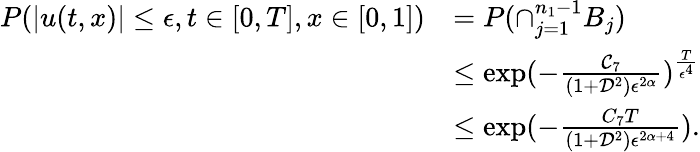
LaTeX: \begin{array}{rl}{P(|u(t,x)|\leq\epsilon,t\in[0,T],x\in[0,1])}&{=P(\cap_{j=1}^{n_{1}-1}B_{j})}\\ &{\leq\exp(-\frac{\mathcal{C}_{7}}{(1+\mathcal{D}^{2})\epsilon^{2\alpha}})^{\frac{T}{\epsilon^{4}}}}\\ &{\leq\exp(-\frac{C_{7}T}{(1+\mathcal{D}^{2})\epsilon^{2\alpha+4}}).}\end{array}